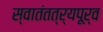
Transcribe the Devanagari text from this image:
स्वातंतत्र्यपूर्व